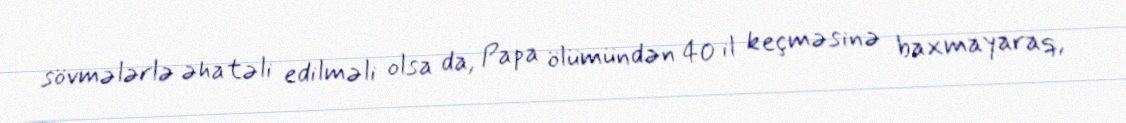
sövmələrlə əhatəli edilməli olsa da, Papa ölümündən 40 il keçməsinə baxmayaraq,